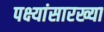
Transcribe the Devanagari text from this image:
पक्ष्यांसारख्या